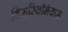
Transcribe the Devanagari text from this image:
डिसरिथमियास